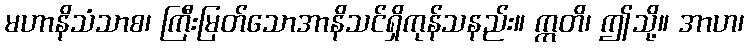
မဟာနိသံသာစ၊ ကြီးမြတ်သောအာနိသင်ရှိကုန်သနည်း။ ဣတိ၊ ဤသို့။ အာဟ၊